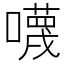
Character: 𡃙